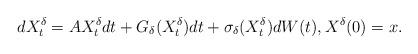
LaTeX: \begin{align*}dX_t^\delta=AX_t^\delta dt+G_\delta(X_t^\delta)dt+\sigma_\delta(X_t^\delta)dW(t) , X^\delta(0)=x.\end{align*}